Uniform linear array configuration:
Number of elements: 16
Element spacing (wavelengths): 0.5
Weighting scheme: kaiser
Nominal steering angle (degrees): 15
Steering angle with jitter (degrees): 15.49
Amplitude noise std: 0.05
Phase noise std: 0.05

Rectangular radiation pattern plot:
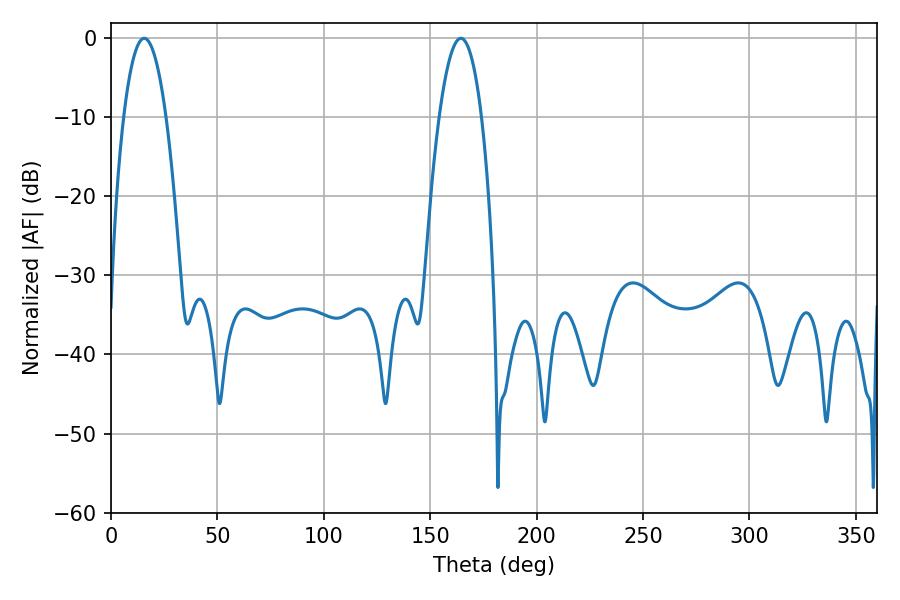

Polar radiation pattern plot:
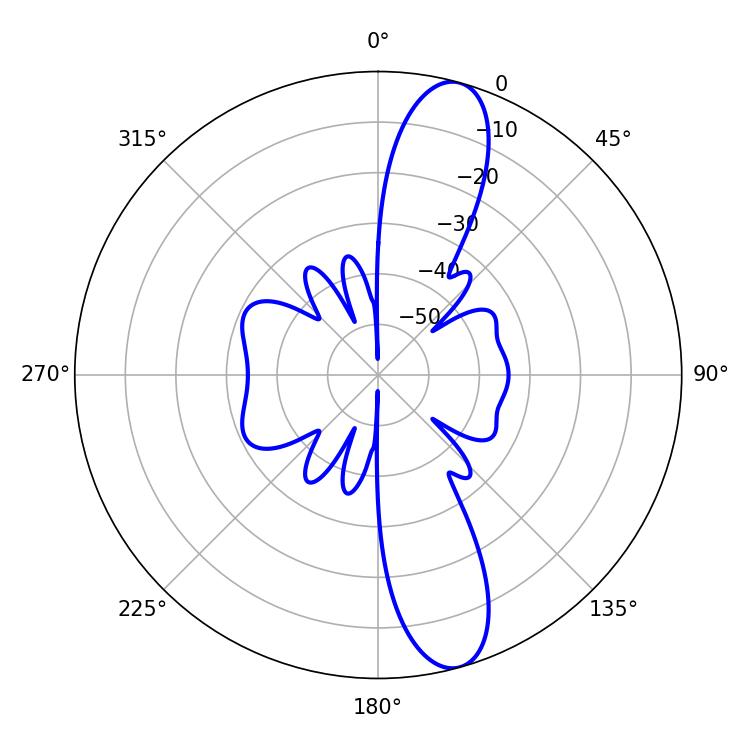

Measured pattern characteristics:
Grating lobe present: FALSE
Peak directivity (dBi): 12.549
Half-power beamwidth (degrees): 10.98
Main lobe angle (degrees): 15.66